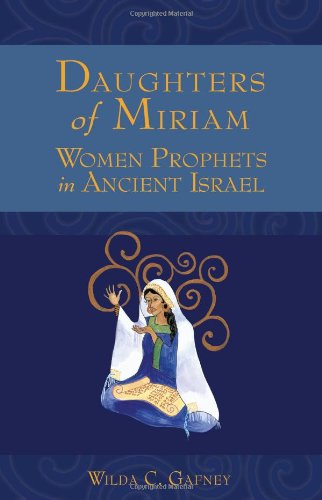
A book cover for Daughters of Miriam: Women Prophets in Ancient Israel; Wilda C. Gafney; Religion & Spirituality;